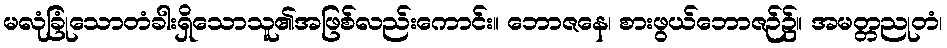
မလုံခြုံသောတံခါးရှိသောသူ၏အဖြစ်လည်းကောင်း။ ဘောဇနေ၊ စားဖွယ်ဘောဇဉ်၌။ အမတ္တညုတံ၊